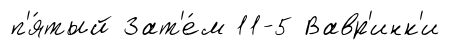
п'я́тый Зат'е́м 11-5 Вавр'инк'и